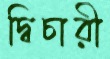
দ্বিচারী